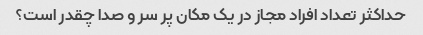
حداکثر تعداد افراد مجاز در یک مکان پر سر و صدا چقدر است؟